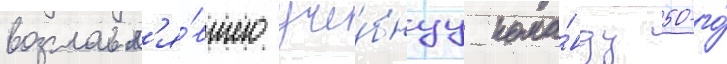
возглавл'я́вшего уче́бнуу кома́нду 50-го́